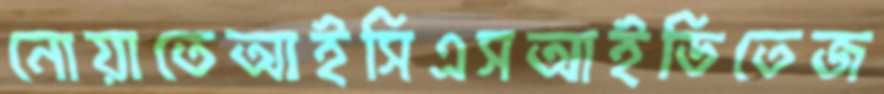
নোয়াতেআইসিএসআইডিতেজ